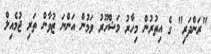
"ރަންދަރި" ގެ އިތުރުން މިހާރު މަޝްހޫރު ވަމުން އަންނަ ޒުވާން ތަރި ޖުމެއިލް